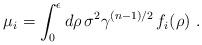
LaTeX: \begin{align*}\mu_i = \int_0^\epsilon d\rho\, \sigma^2 \gamma^{(n-1)/2}\, f_i(\rho)~.\end{align*}